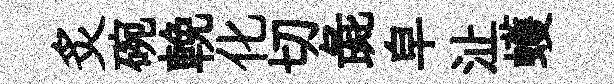
炙碗輓化切彘皁沚蠖